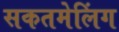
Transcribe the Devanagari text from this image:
सकतमेलिंग